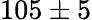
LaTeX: {105\pm 5}